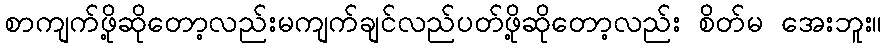
စာကျက်ဖို့ဆိုတော့လည်းမကျက်ချင်လည်ပတ်ဖို့ဆိုတော့လည်း စိတ်မ အေးဘူး။